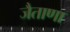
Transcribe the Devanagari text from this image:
जैताणा